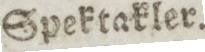
Spektakler.